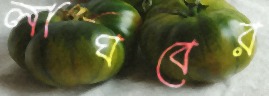
লাঘবের